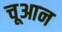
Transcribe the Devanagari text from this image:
चूआन